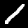
Digit: 1